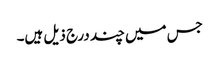
جس میں چند درج ذیل ہیں۔